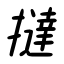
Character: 撻